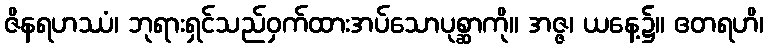
ဇိနရဟဿံ၊ ဘုရားရှင်သည်ဝှက်ထားအပ်သောပုစ္ဆာကို။ အဇ္ဇ၊ ယနေ့၌။ ဧတရဟိ၊